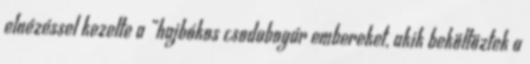
elnézéssel kezelte a „hajbókos csodabogár embereket, akik beköltöztek a